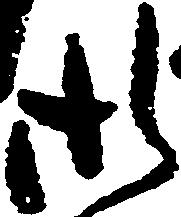
御